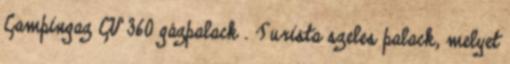
Campingaz CV 360 gázpalack . Turista szeles palack, melyet